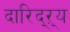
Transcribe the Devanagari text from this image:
दारिद्‌ऱ्य